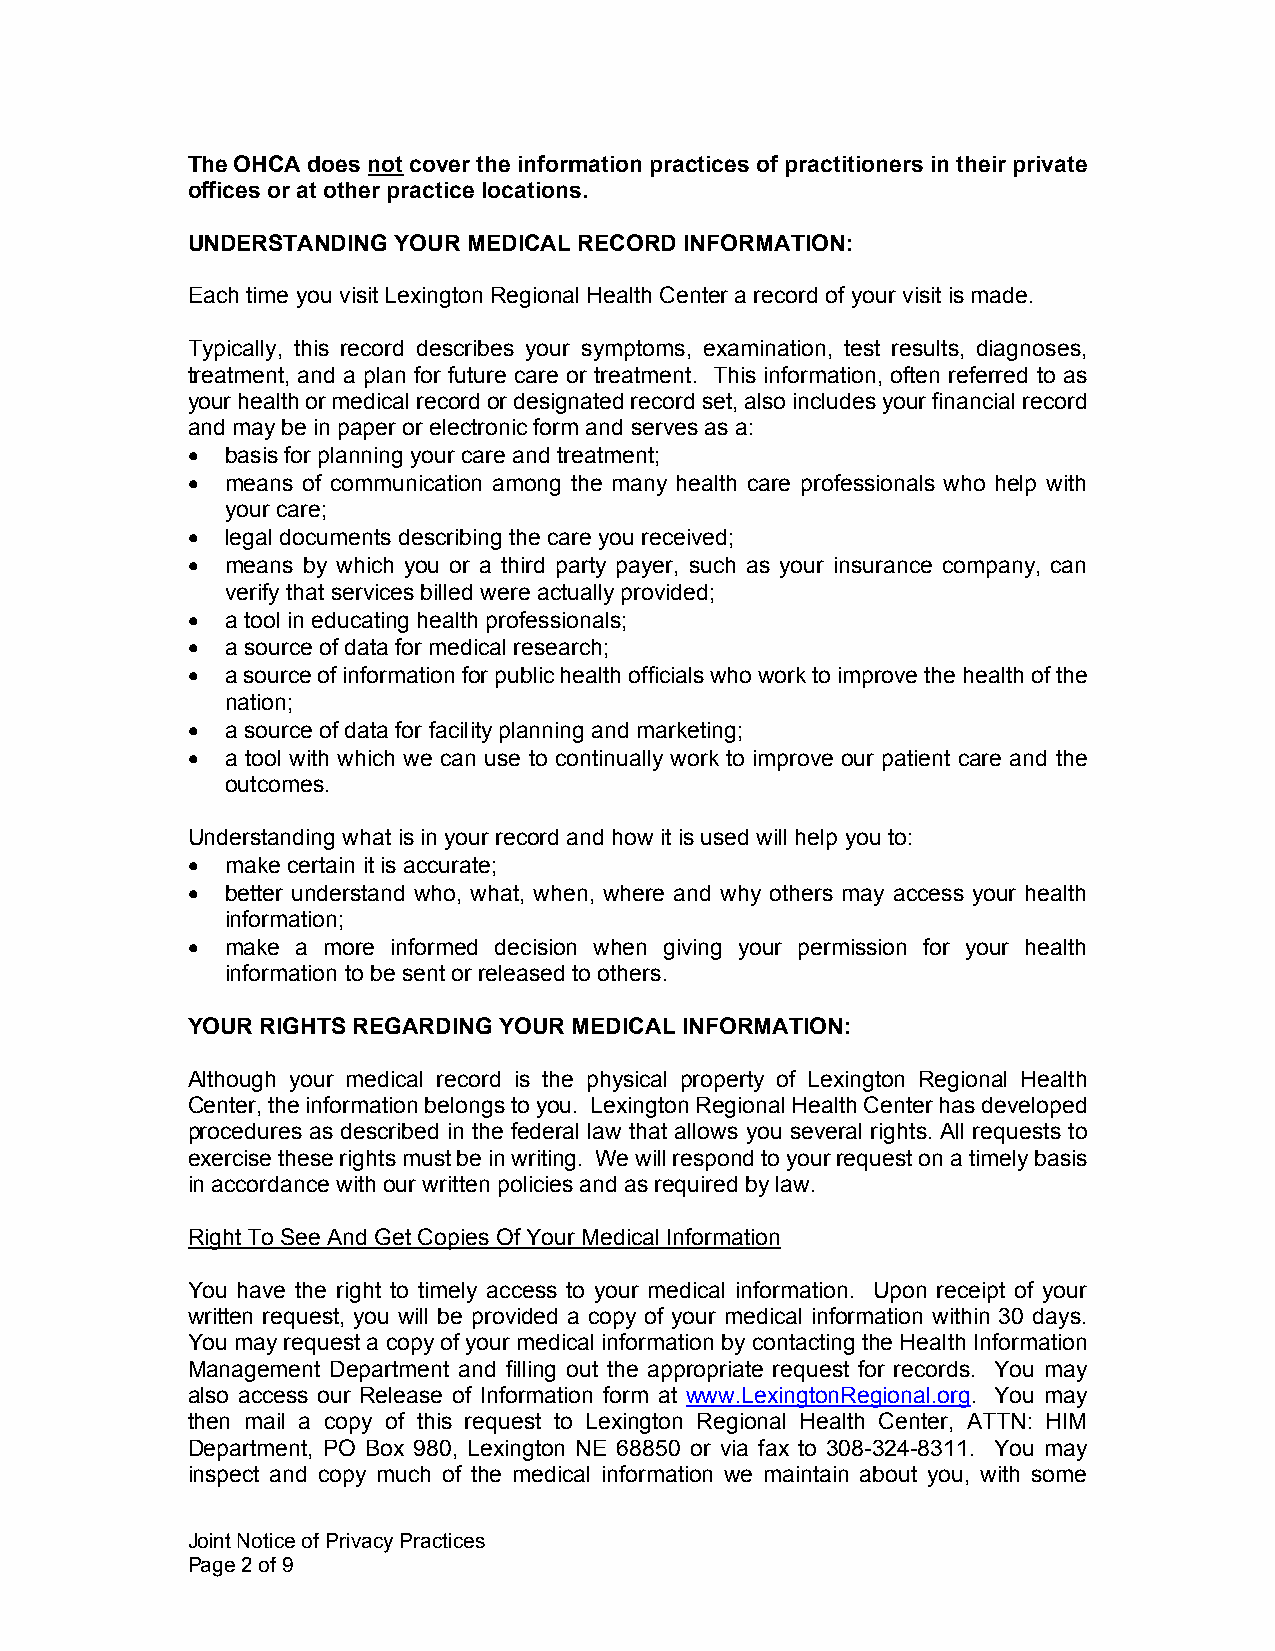
The OHCA does not cover the information practices of practitioners in their private
 offices or at other practice locations.
 UNDERSTANDING YOUR MEDICAL RECORD INFORMATION:
 Each time you visit Lexington Regional Health Center a record of your visit is made.
 Typically, this record describes your symptoms, examination, test results, diagnoses,
 treatment, and a plan for future care or treatment. This information, often referred to as
 your health or medical record or designated record set, also includes your financial record
 and may be in paper or electronic form and serves as a:
 •  basis for planning your care and treatment;
 •  means of communication among the many health care professionals who help with
 your care;
 •  legal documents describing the care you received;
 •  means by which you or a third party payer, such as your insurance company, can
 verify that services billed were actually provided;
 •  a tool in educating health professionals;
 •  a source of data for medical research;
 •  a source of information for public health officials who work to improve the health of the
 nation;
 •  a source of data for facility planning and marketing;
 •  a tool with which we can use to continually work to improve our patient care and the
 outcomes.
 Understanding what is in your record and how it is used will help you to:
 •  make certain it is accurate;
 •  better understand who, what, when, where and why others may access your health
 information;
 •  make a more informed decision when giving your permission for your health
 information to be sent or released to others.
 YOUR RIGHTS REGARDING YOUR MEDICAL INFORMATION:
 Although your medical record is the physical property of Lexington Regional Health
 Center, the information belongs to you. Lexington Regional Health Center has developed
 procedures as described in the federal law that allows you several rights. All requests to
 exercise these rights must be in writing. We will respond to your request on a timely basis
 in accordance with our written policies and as required by law.
 Right To See And Get Copies Of Your Medical Information
 You have the right to timely access to your medical information. Upon receipt of your
 written request, you will be provided a copy of your medical information within 30 days.
 You may request a copy of your medical information by contacting the Health Information
 Management Department and filling out the appropriate request for records. You may
 also access our Release of Information form at www.LexingtonRegional.org. You may
 then mail a copy of this request to Lexington Regional Health Center, ATTN: HIM
 Department, PO Box 980, Lexington NE 68850 or via fax to 308-324-8311. You may
 inspect and copy much of the medical information we maintain about you, with some
 Joint Notice of Privacy Practices
 Page 2 of 9